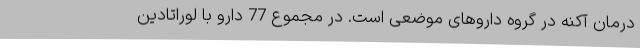
درمان آکنه در گروه داروهای موضعی است. در مجموع 77 دارو با لوراتادین